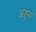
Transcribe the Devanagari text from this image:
ब्रह्‌म